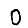
Digit: 0